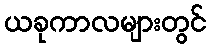
ယခုကာလများတွင်